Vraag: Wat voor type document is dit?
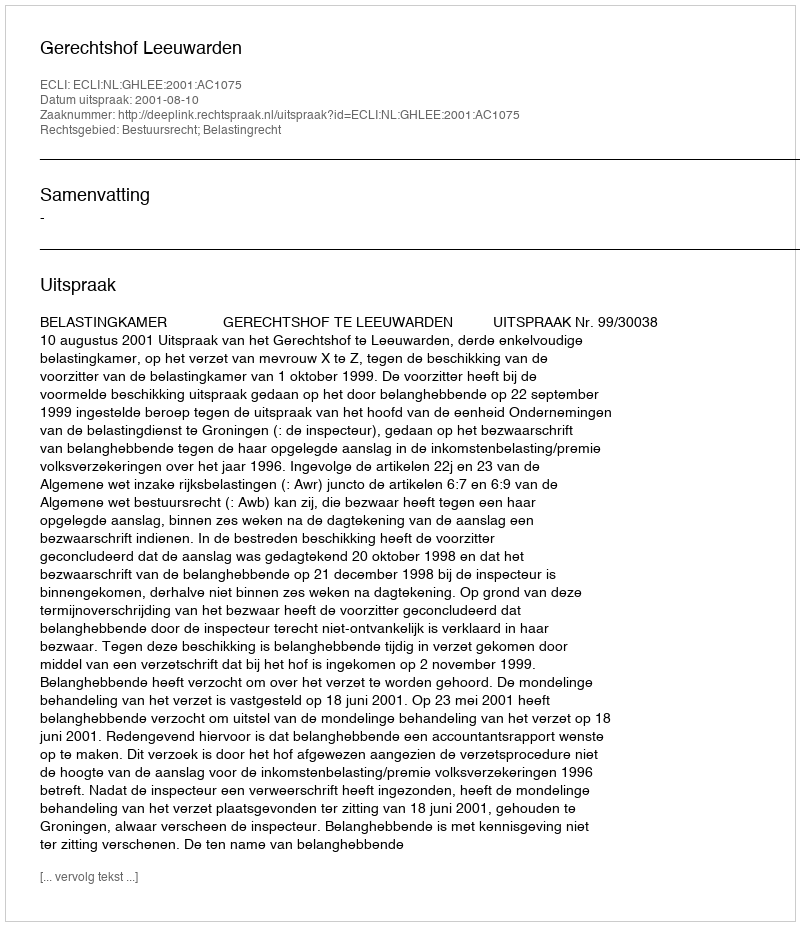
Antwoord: Uitspraak